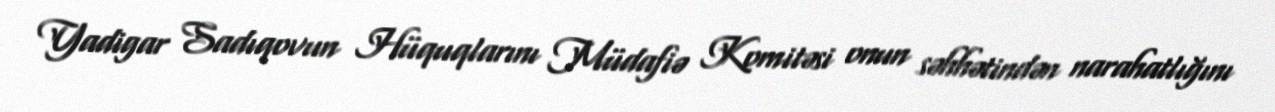
Yadigar Sadıqovun Hüquqlarını Müdafiə Komitəsi onun səhhətindən narahatlığını